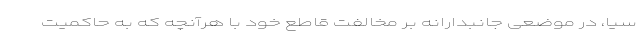
سیا، در موضعی جانبدارانه بر مخالفت قاطع خود با هرآنچه که به حاکمیت